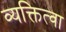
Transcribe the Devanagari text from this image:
व्यक्तित्वा